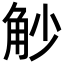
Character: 觘